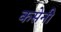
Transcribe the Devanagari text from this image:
कसेनी